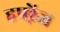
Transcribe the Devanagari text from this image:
हफ्ऱेंज